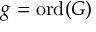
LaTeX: g = { \mathrm { o r d } } ( G )